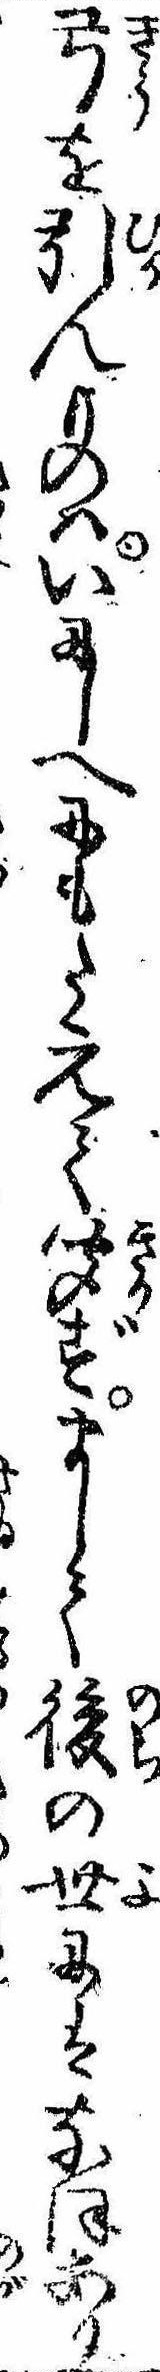
弓を引んものはいにしへにもたえて聞ずまして後の世にはなほあり